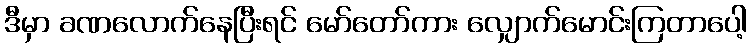
ဒီမှာ ခဏလောက်နေပြီးရင် မော်တော်ကား လျှောက်မောင်းကြတာပေါ့